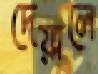
দেয়ালে